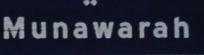
munawarah